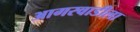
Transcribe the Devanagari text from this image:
आगरवाडीला